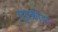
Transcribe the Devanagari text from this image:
द्युतक्रीड़ा